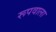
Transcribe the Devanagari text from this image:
रूपवाला